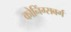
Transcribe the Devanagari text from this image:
कोनिंग्सबर्ग